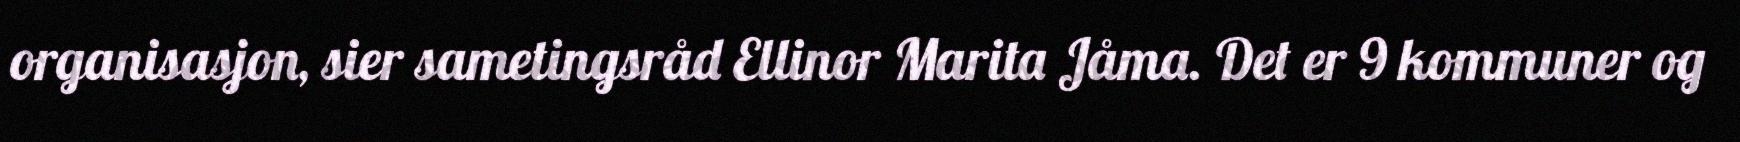
organisasjon, sier sametingsråd Ellinor Marita Jåma. Det er 9 kommuner og